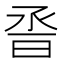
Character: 𰖆